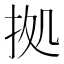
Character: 拠